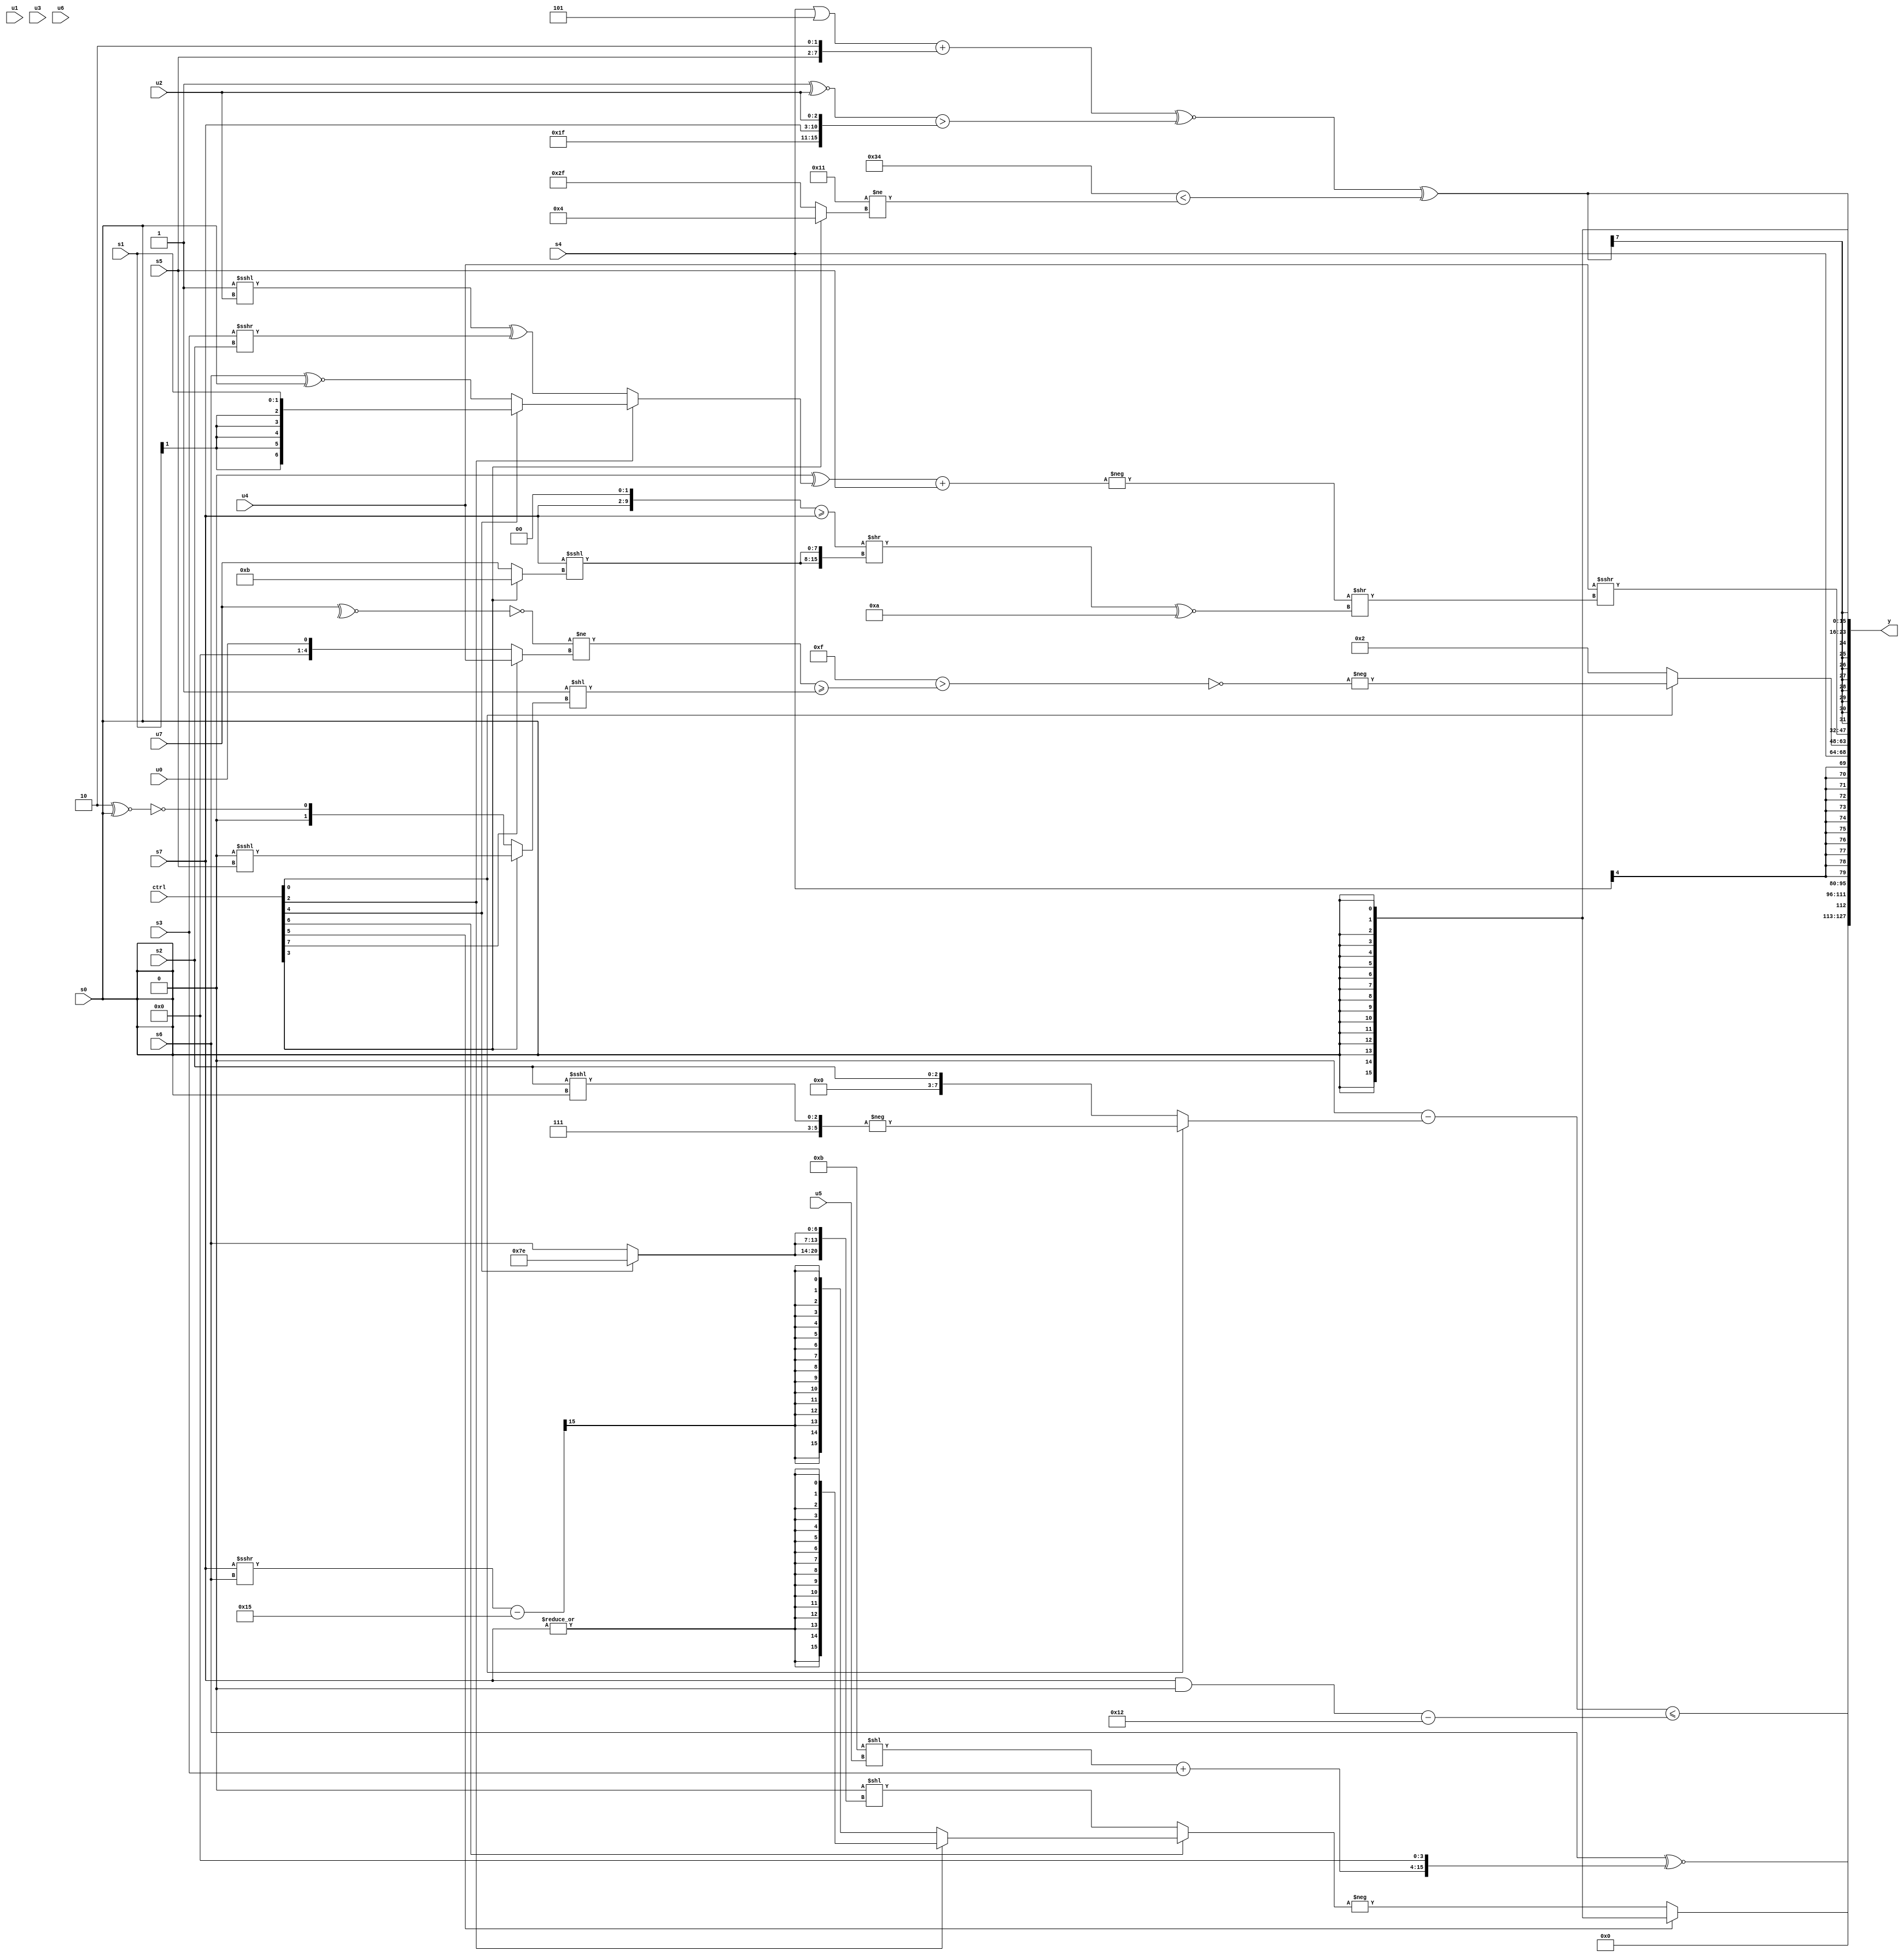
module wideexpr_00832(ctrl, u0, u1, u2, u3, u4, u5, u6, u7, s0, s1, s2, s3, s4, s5, s6, s7, y);
  input [7:0] ctrl;
  input [0:0] u0;
  input [1:0] u1;
  input [2:0] u2;
  input [3:0] u3;
  input [4:0] u4;
  input [5:0] u5;
  input [6:0] u6;
  input [7:0] u7;
  input signed [0:0] s0;
  input signed [1:0] s1;
  input signed [2:0] s2;
  input signed [3:0] s3;
  input signed [4:0] s4;
  input signed [5:0] s5;
  input signed [6:0] s6;
  input signed [7:0] s7;
  output [127:0] y;
  wire [15:0] y0;
  wire [15:0] y1;
  wire [15:0] y2;
  wire [15:0] y3;
  wire [15:0] y4;
  wire [15:0] y5;
  wire [15:0] y6;
  wire [15:0] y7;
  assign y = {y0,y1,y2,y3,y4,y5,y6,y7};
  assign y0 = ((+($unsigned(4'b0000)))-((ctrl[0]?-({3'sb111,$signed((s2)<<<(s0))}):s2)))<=(((s7)&(((5'sb01000)+((s5)+($signed(4'sb1101))))<<<(6'sb001111)))-(5'sb10010));
  assign y1 = (+(s6))^~((((+(6'sb001011))<<(+(u5)))+(s3))<<(+(4'sb0100)));
  assign y2 = ((ctrl[5]?s0:-((ctrl[6]?+((ctrl[2]?$signed(|($signed(s7))):(((s7)>>>(s6))-(5'sb10101))>>>(6'sb101111))):(2'sb00)<<({3{(ctrl[4]?$signed((3'b011)<<(1'sb1)):(s6)>>>((5'sb01111)<=(2'sb01)))}})))))>>({4{2'sb00}});
  assign y3 = s4;
  assign y4 = (ctrl[0]?-(~^(($unsigned({4{1'b1}}))>(($signed((~|(~^(u7)))!=($unsigned((ctrl[7]?u4:u0)))))>=((~^($signed((s4)>>(5'sb10000))))<<((ctrl[3]?((2'b00)<<<(s5))>>>(!(1'b1)):!((4'sb1110)^~(s0)))))))):3'sb010);
  assign y5 = (u4)>>>((-((($signed(1'b0))^((ctrl[2]?(ctrl[4]?s1:(s6)^~(s0)):((1'sb1)<<<(u2))^((s3)>>>(s2)))))+(s5)))>>(($signed((+(({s7,2'sb00})>=({1{s7}})))>>({2{($signed(s7))<<<((ctrl[3]?6'sb001011:u7))}})))^~(6'sb111010)));
  assign y6 = $signed(((((s4)|(5'b00101))+({s5,2'b10}))^~(((6'b000001)^~(u2))>({6'sb011111,s7,u2})))^((6'sb110100)<((5'sb10001)!=((ctrl[3]?4'sb0100:6'sb101111)))));
  assign y7 = s0;
endmodule